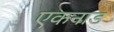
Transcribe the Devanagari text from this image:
एकनाड